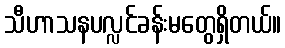
သီဟာသနပလ္လင်ခန်းမတွေရှိတယ်။